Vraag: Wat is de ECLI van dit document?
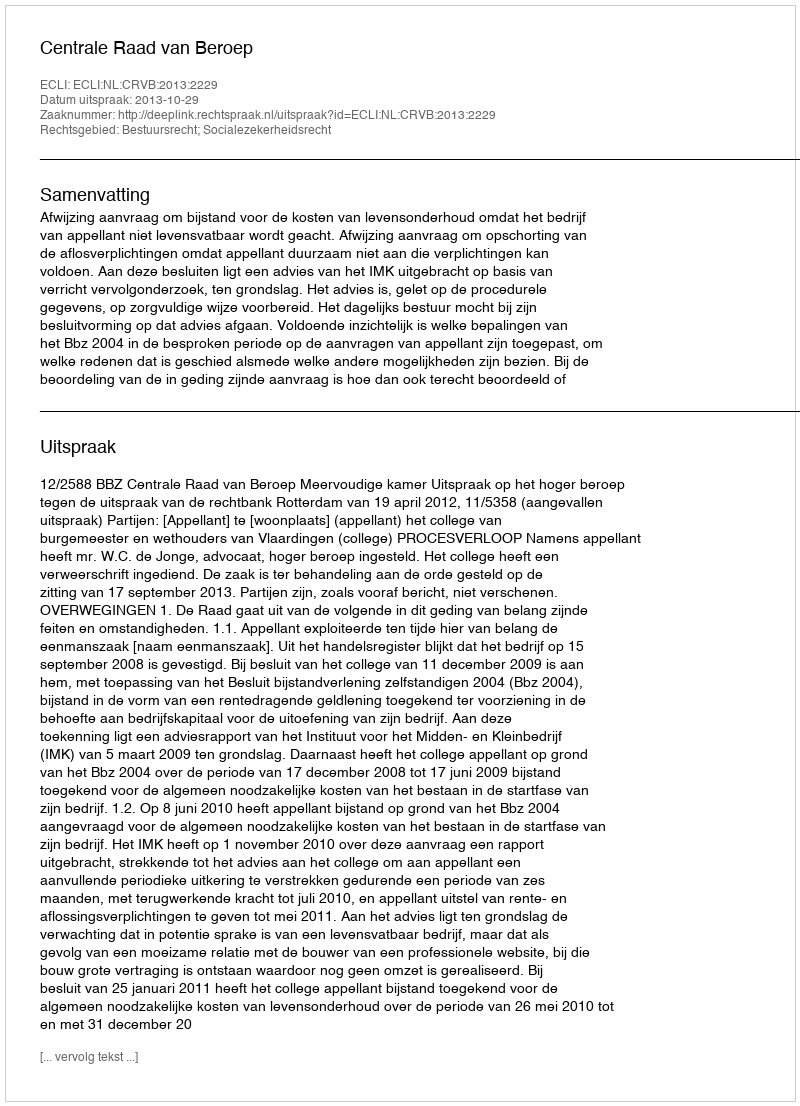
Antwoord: ECLI:NL:CRVB:2013:2229